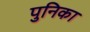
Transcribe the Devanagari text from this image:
पुनिका